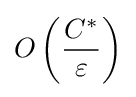
O\left({\frac {C^{*}}{\varepsilon }}\right)